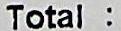
TOTAL :